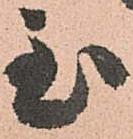
至